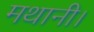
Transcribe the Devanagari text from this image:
मथानी।